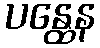
ပန္ထေန